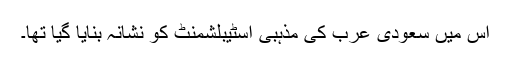
اس میں سعودی عرب کی مذہبی اسٹیبلشمنٹ کو نشانہ بنایا گیا تھا۔